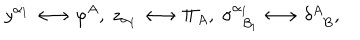
y ^ { \alpha _ { 1 } } \longleftrightarrow \varphi ^ { A } , \; z _ { \alpha _ { 1 } } \longleftrightarrow \Pi _ { A } , \; \sigma _ { \; \; \beta _ { 1 } } ^ { \alpha _ { 1 } } \longleftrightarrow \delta _ { \; \; B } ^ { A } ,